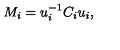
M _ { i } = u _ { i } ^ { - 1 } C _ { i } u _ { i } ,